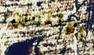
الائتمان